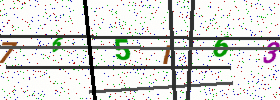
Text: 765I63